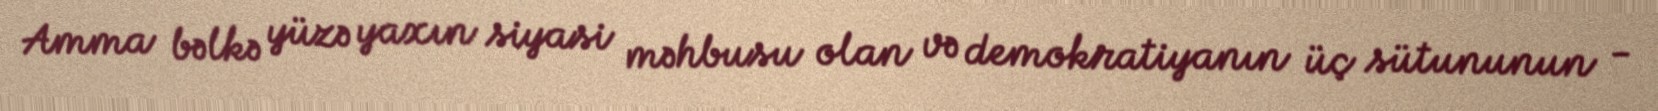
Amma bəlkə yüzə yaxın siyasi məhbusu olan və demokratiyanın üç sütununun -